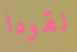
نقودا